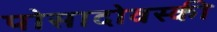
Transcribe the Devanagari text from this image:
पोसादोवस्की